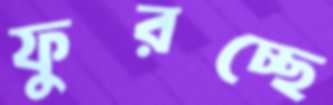
ফুরচ্ছে